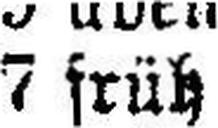
7 früh